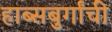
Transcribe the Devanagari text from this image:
हाब्सबुर्गांची